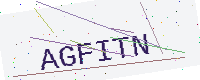
Text: AGFITN